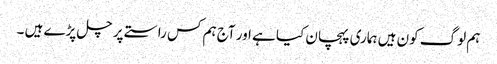
ہم لوگ کون ہیں ہماری پہچان کیا ہے اور آج ہم کس راستے پر چل پڑے ہیں ۔